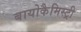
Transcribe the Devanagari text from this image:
बायोकैमिस्ट्री